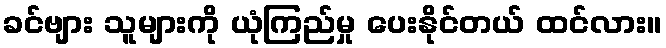
ခင်ဗျား သူများကို ယုံကြည်မှု ပေးနိုင်တယ် ထင်လား။